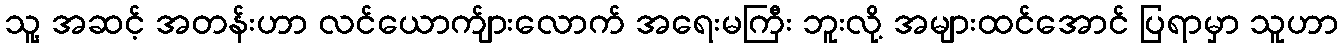
သူ့ အဆင့် အတန်းဟာ လင်ယောက်ျားလောက် အရေးမကြီး ဘူးလို့ အများထင်အောင် ပြရာမှာ သူဟာ